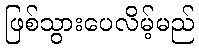
ဖြစ်သွားပေလိမ့်မည်